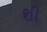
શી